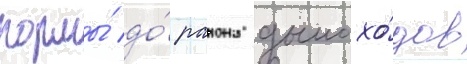
кормы́ до́ раиона дымохо́дов